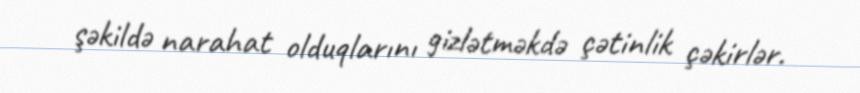
şəkildə narahat olduqlarını gizlətməkdə çətinlik çəkirlər.